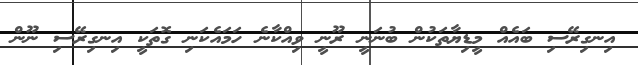
އިނގިރޭސި ބައެއް މީޑިޔާތަކުން ބުނަނީ ރޫނީ ވިއްކާނެ ހަމައެކަނި ގޮތަކީ އިނގިރޭސި ނޫން